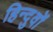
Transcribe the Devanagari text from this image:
हिन्दुवों